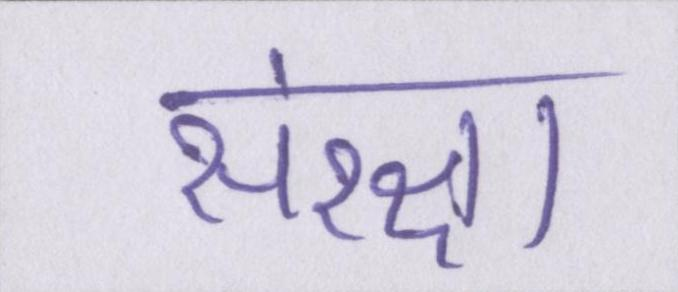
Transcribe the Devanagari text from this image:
संरक्षा